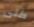
كلى